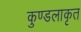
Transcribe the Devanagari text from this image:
कुण्डलाकृत